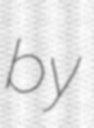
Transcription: by